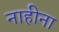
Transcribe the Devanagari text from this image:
नाहीना